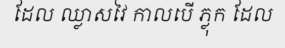
ដែល ឈ្លាសវៃ កាលបើ ភ្លុក ដែល